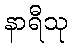
နာရီသု